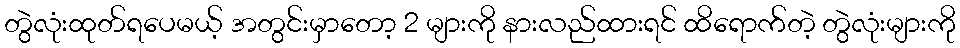
တွဲလုံးထုတ်ရပေမယ့် အတွင်းမှာတော့ 2 များကို နားလည်ထားရင် ထိရောက်တဲ့ တွဲလုံးများကို